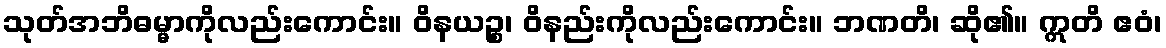
သုတ်အဘိဓမ္မာကိုလည်းကောင်း။ ဝိနယဉ္စ၊ ဝိနည်းကိုလည်းကောင်း။ ဘဏတိ၊ ဆို၏။ ဣတိ ဧဝံ၊